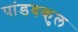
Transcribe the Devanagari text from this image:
पांडवकुल